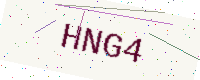
Text: HNG4